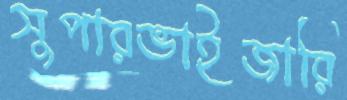
সুপারভাইজারি